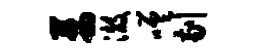
茜澈嗟剔